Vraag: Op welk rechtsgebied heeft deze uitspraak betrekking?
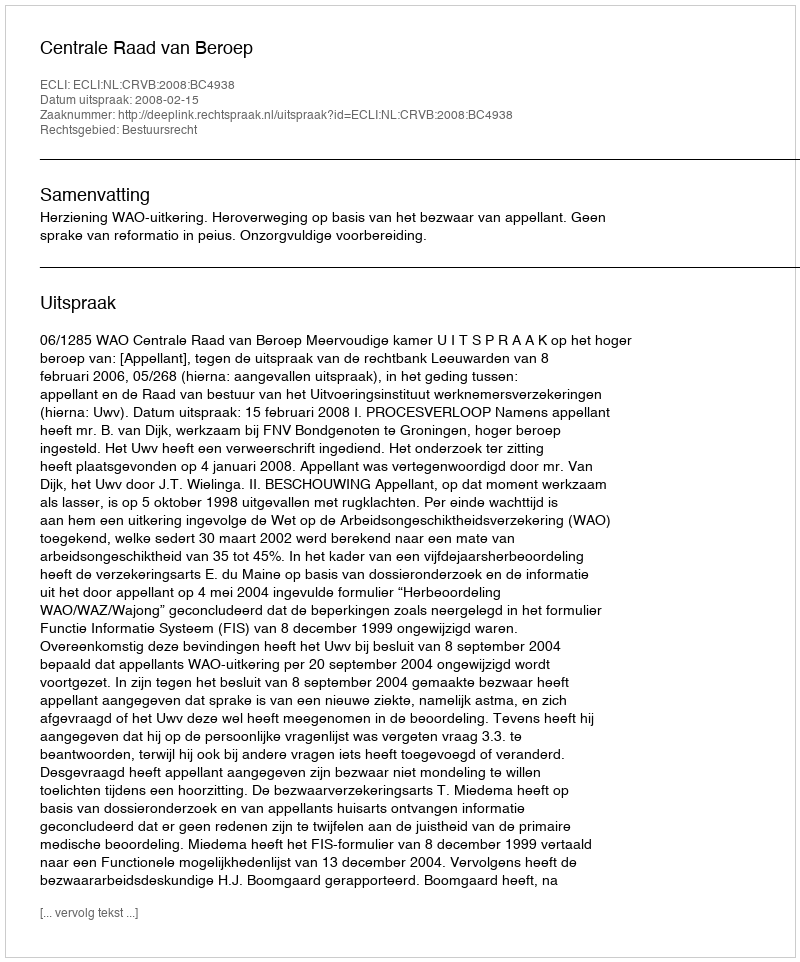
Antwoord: Bestuursrecht